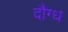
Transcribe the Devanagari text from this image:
दौग्ध